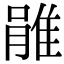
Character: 𨿔